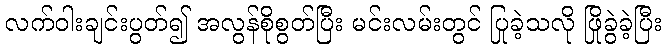
လက်ဝါးချင်းပွတ်၍ အလွန်စိုစွတ်ပြီး မင်းလမ်းတွင် ပြုခဲ့သလို ဖြိုခွဲခဲ့ပြီး